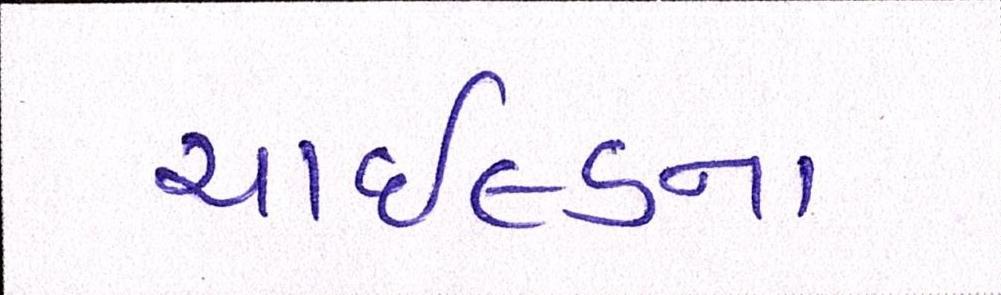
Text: ચાઇલ્ડના